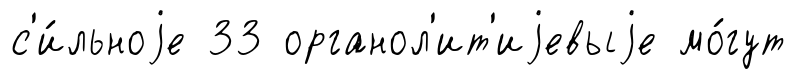
с'и́льноjе 33 органол'ит'иjевыjе мо́гут